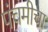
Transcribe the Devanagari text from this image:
पंचमीचा